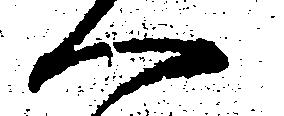
へ